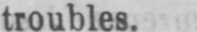
troubles.